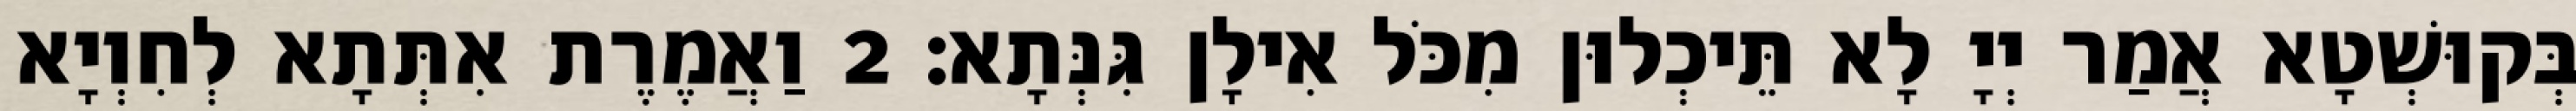
בְּקוּשְׁטָא אֲמַר יְיָ לָא תֵּיכְלוּן מִכֹּל אִילָן גִּנְּתָא׃ 2 וַאֲמֶרֶת אִתְּתָא לְחִוְיָא